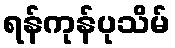
ရန်ကုန်ပုသိမ်